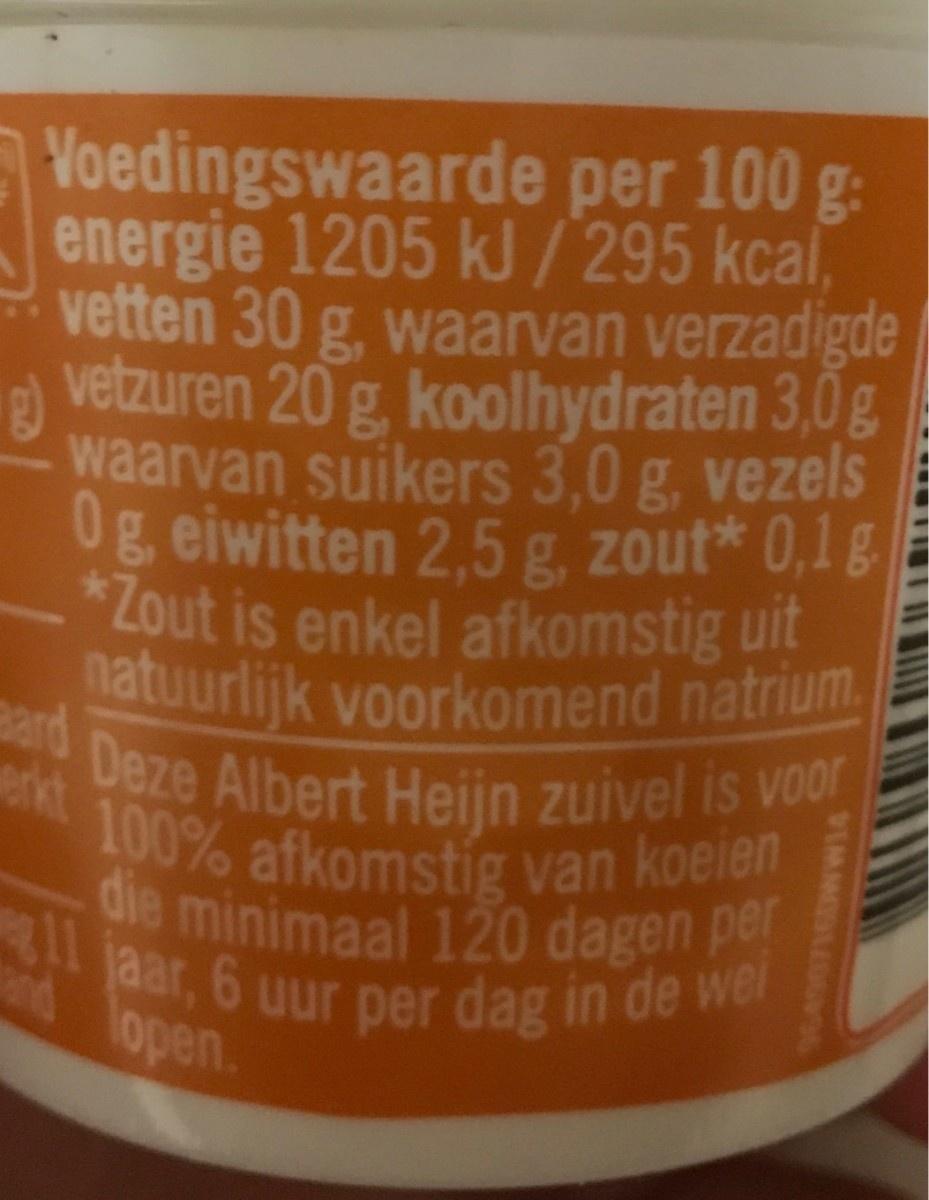
Yoedingswaarde per 100 g: energie 1205 kJ /295 kcal vetten 30 g, waarvan verzadigde vetzuren 20 g. koolhydraten 3,0g () waarvan suikers 3,0 g, vezels 0g eiwitten 2,5 g, zout* 0,1g. *Zout is enkel afkomstig uit natuurlijk voorkomend natrium. ard Deze Albert Heijn zuivel is voor 100% afkomstig van koeien die minimaal 120 dagen per aar, 6 uur per dag in de wer lopen. VIMM s